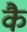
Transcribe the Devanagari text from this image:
कै